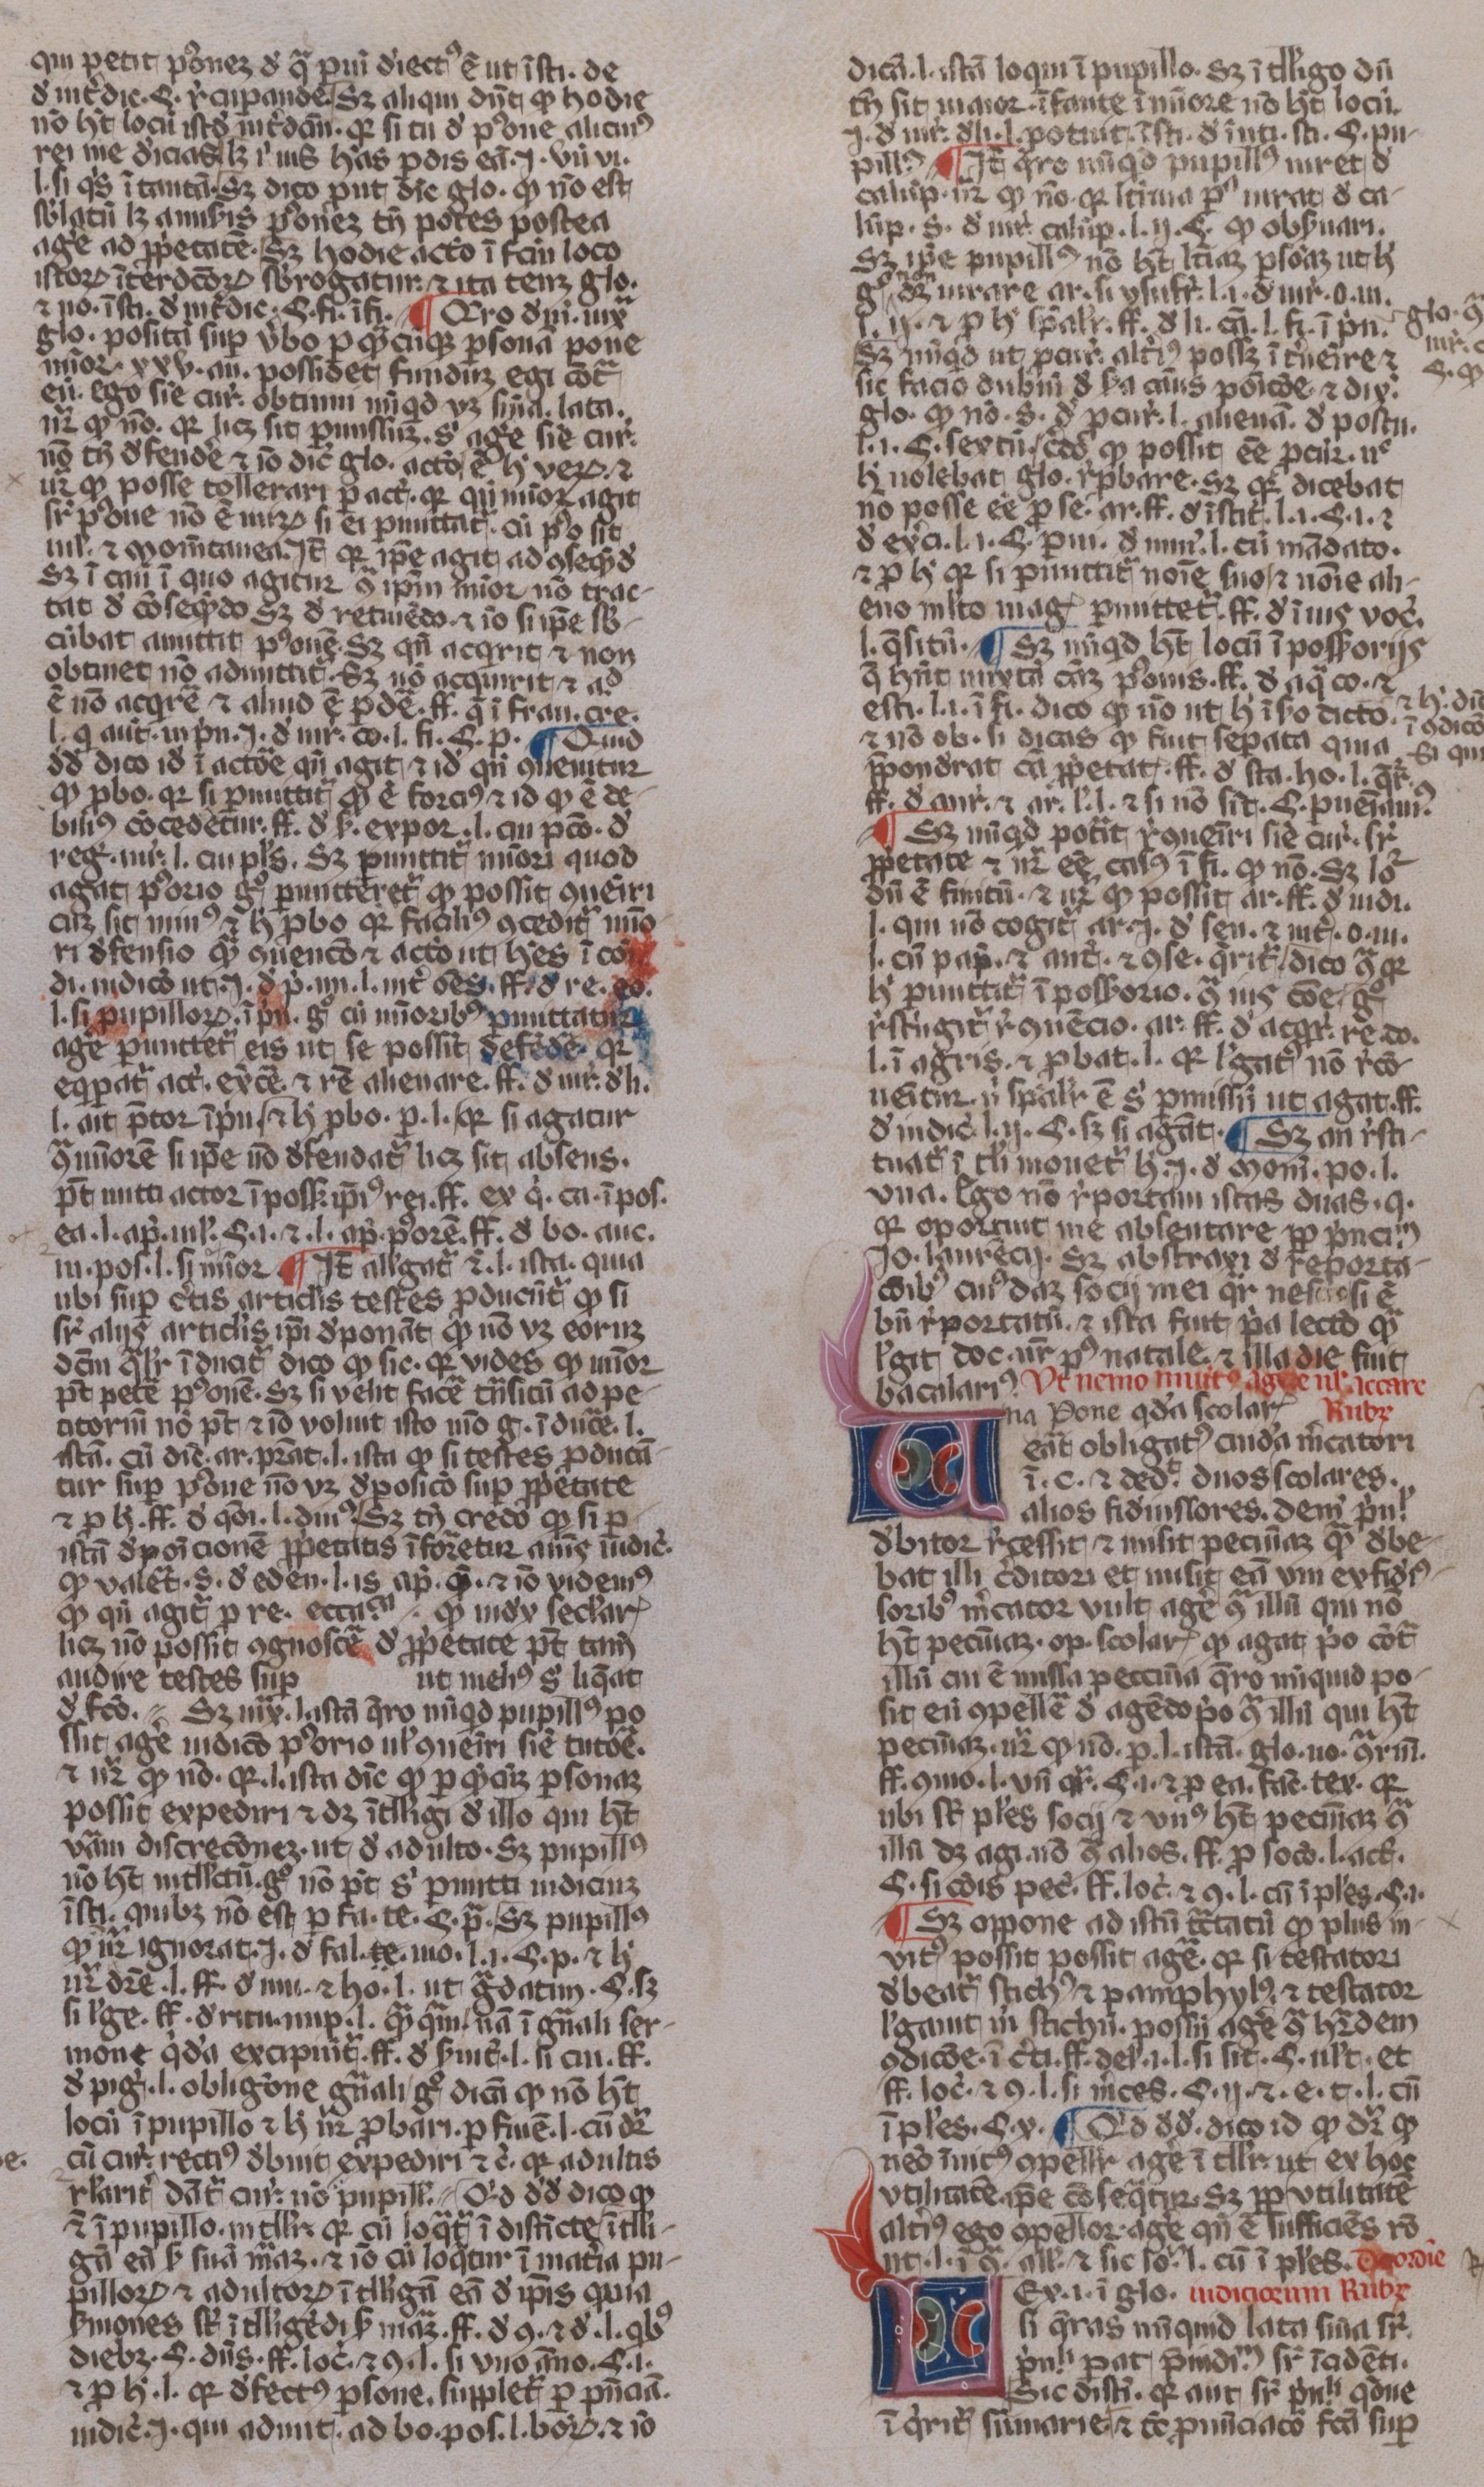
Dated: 1350–1399